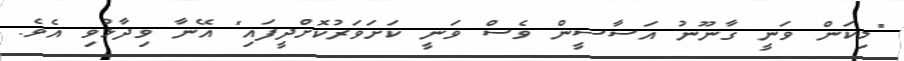
"މިކަން ވަނީ ގާނޫނު އަސާސީން ވެސް ވަނީ ކަށަވަރުކޮށްދީފައި" އޭނާ ވިދާޅުވި އެވެ.